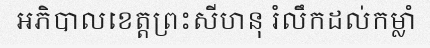
អភិបាលខេត្តព្រះសីហនុ រំលឹកដល់កម្លាំ